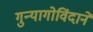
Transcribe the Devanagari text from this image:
गुन्यागोविंदाने